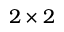
2 \times 2